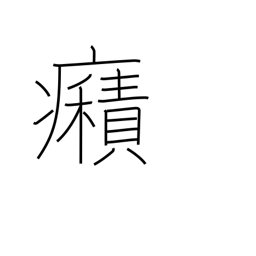
Meaning: spasms